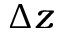
\Delta z